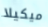
ميكيلا